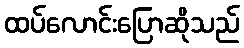
ထပ်လောင်းပြောဆိုသည်